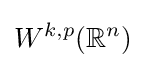
W^{k,p}(\mathbb {R} ^{n})